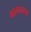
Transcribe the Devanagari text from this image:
ग्रामनाम